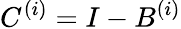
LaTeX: C^{(i)}=I-B^{(i)}